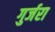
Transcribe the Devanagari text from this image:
गुर्जरा